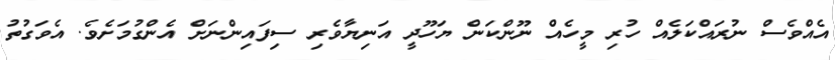
އެއްވެސް ނުރައްކަލެއް ހުރި މީހެއް ނޫންކަން ޔަހޫދީ އަނިޔާވެރި ސިފައިންނަށް އެންގުމަށެވެ. އެވަގުތު